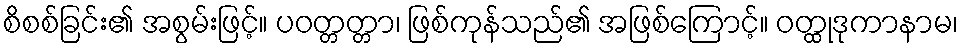
စိစစ်ခြင်း၏ အစွမ်းဖြင့်။ ပဝတ္တတ္တာ၊ ဖြစ်ကုန်သည်၏ အဖြစ်ကြောင့်။ ဝတ္ထုဒုကာနာမ၊